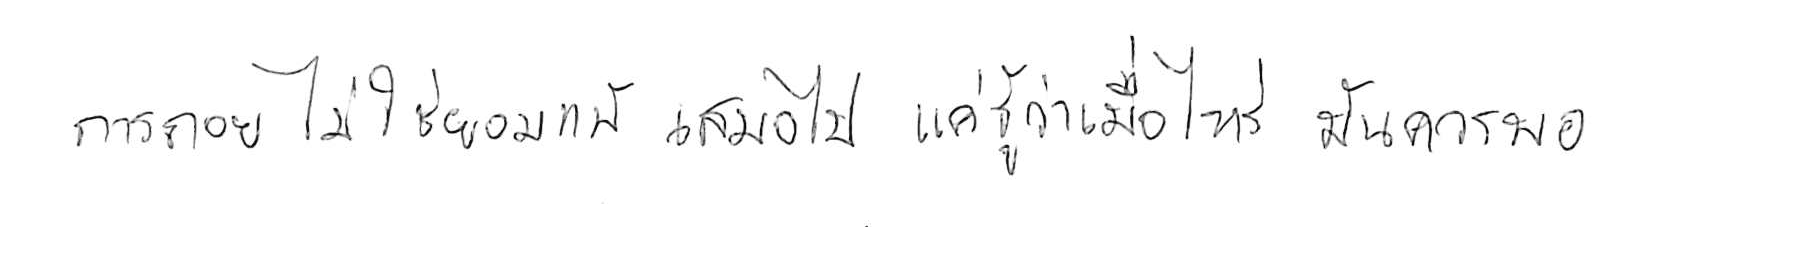
การถอย ไม่ใช่ยอมแพ้ เสมอไป แค่รู้ว่าเมื่อไหร่ มันควรพอ